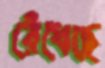
রেঁধেছে